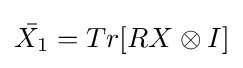
{\bar {X_{1}}}=Tr[RX\otimes I]